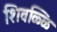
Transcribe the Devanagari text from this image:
शिवळ्ळि